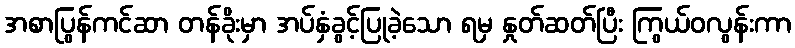
အစာပြွန်ကင်ဆာ တန်ခိုးမှာ အပ်နှံခွင့်ပြုခဲ့သော ရမှ နှုတ်ဆတ်ပြီး ကြွယ်ဝလွန်းကာ